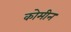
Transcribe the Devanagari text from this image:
कोमीन